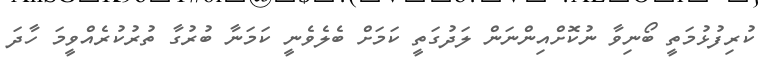
ކުރިފުޅުމަތީ ބޯނިވާ ނުކޮށްއިންނަން ލަދުގަތީ ކަމަށް ބެލެވެނީ ކަމަނާ ބުރުގާ ތުރުކުރެއްވީމަ ހާދަ